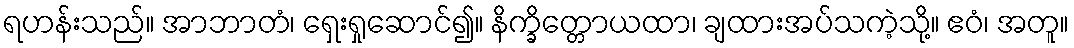
ရဟန်းသည်။ အာဘာတံ၊ ရှေးရှုဆောင်၍။ နိက္ခိတ္တောယထာ၊ ချထားအပ်သကဲ့သို့။ ဧဝံ၊ အတူ။